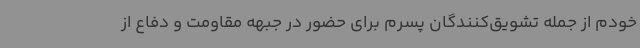
خودم از جمله تشویق‌کنندگان پسرم برای حضور در جبهه مقاومت و دفاع از